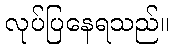
လုပ်ပြနေရသည်။